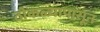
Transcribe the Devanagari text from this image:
ठोकळ्यापासून